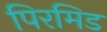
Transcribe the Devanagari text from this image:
पिरमिड